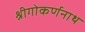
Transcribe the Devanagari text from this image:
श्रीगोकर्णनाथ